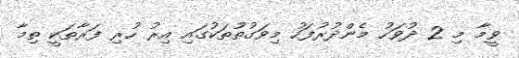
ވީމާ މި 2 ދުވަހު މެންދުރުފަހު މިވަގުތުތަކުގައި އިރު ހުރި ފަރާތަކީ ތިމާ